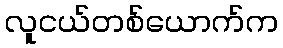
လူငယ်တစ်ယောက်က